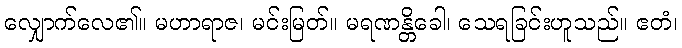
လျှောက်လေ၏။ မဟာရာဇ၊ မင်းမြတ်။ မရဏန္တိခေါ၊ သေရခြင်းဟူသည်။ ဧတံ၊